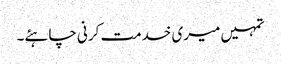
تمہیں میری خدمت کرنی چاہئے۔